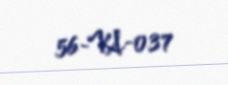
56-VA-037